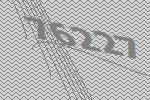
76227